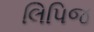
લિપિજ